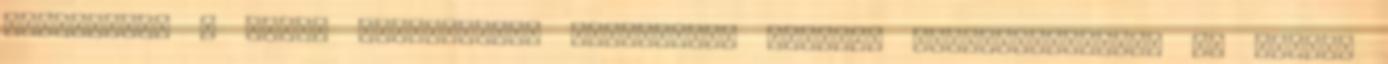
jelenségek a HAARP ioinoszféra manipuláló program következményei? Az utóbbi